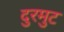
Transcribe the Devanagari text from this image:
दुरमुट